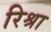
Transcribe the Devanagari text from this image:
रिश्रा